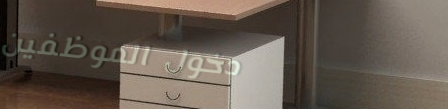
دخول الموظفين